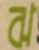
ঝ